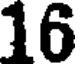
16